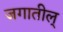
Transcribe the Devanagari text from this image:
जगातील्